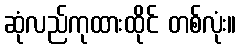
ဆုံလည်ကုထားထိုင် တစ်လုံး။